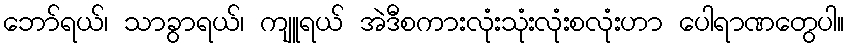
ဘော်ရယ်၊ သာခွာရယ်၊ ကျူရယ် အဲဒီစကားလုံးသုံးလုံးစလုံးဟာ ပေါရာဏတွေပါ။